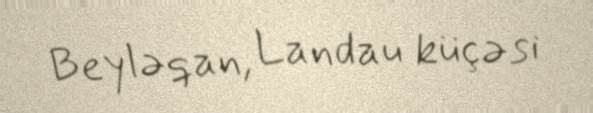
Beyləqan, Landau küçəsi